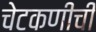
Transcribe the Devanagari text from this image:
चेटकणीची